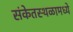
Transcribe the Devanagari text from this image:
संकेतस्थळामध्ये